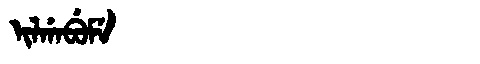
Manchu: ᡳᠯᡤᠠᠪᡠᠮᡝ
Romanization: ILGABUME